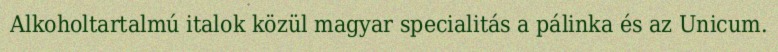
Alkoholtartalmú italok közül magyar specialitás a pálinka és az Unicum.